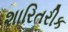
શારિતરીક